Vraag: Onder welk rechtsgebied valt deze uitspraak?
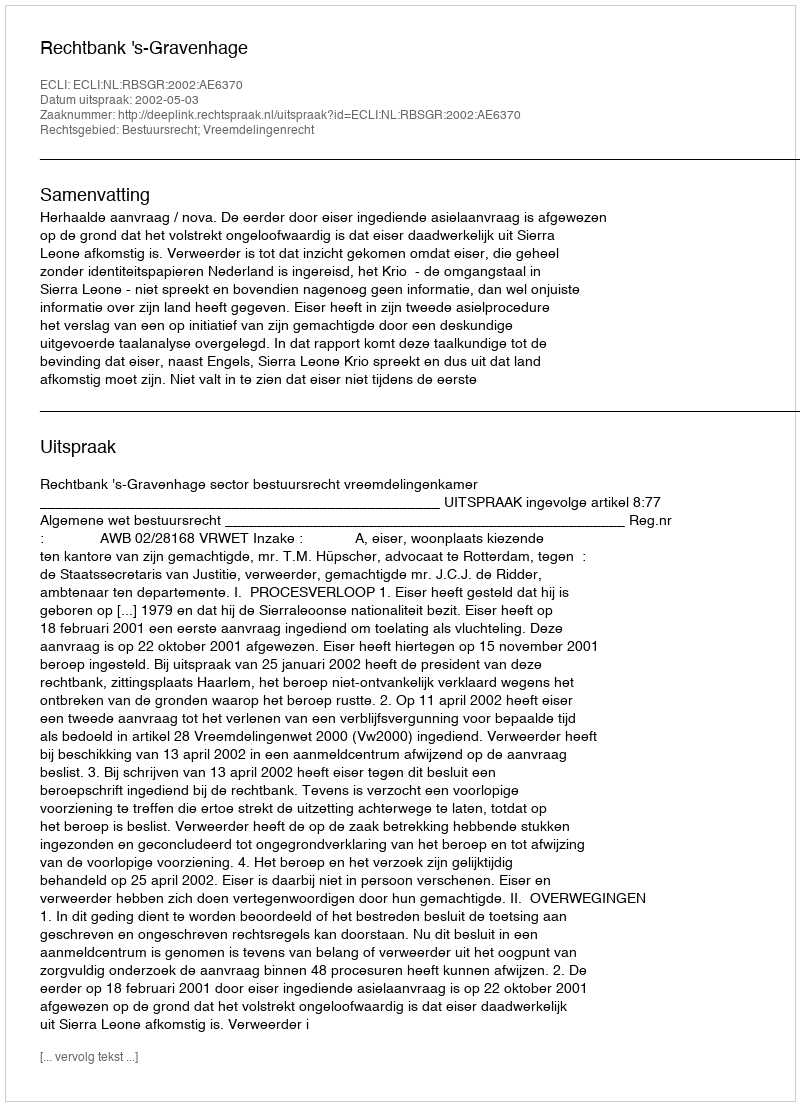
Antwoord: Bestuursrecht; Vreemdelingenrecht